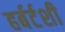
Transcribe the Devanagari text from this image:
हर्बर्टशी